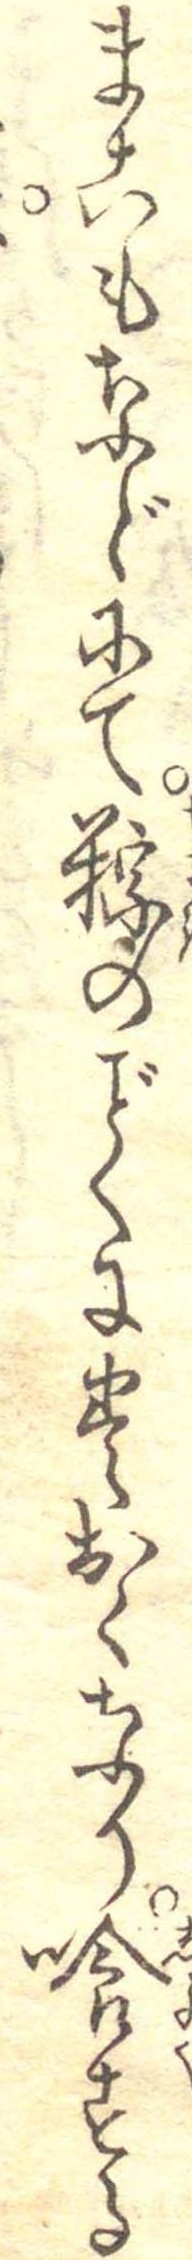
まこもなどにて粽のくに巻おくなり喰する